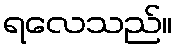
ရလေသည်။